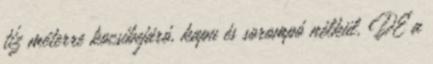
tíz méterre kocsibejáró, kapu és sorompó nélkül. DE a